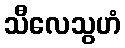
သီလေသွဟံ